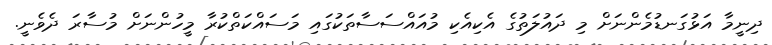
ދިނީމާ އަޅުގަނޑުމެންނަށް މި ދައުލަތުގެ އެކިއެކި މުއައްސަސާތަކުގައި މަސައްކަތްކުރާ މީހުންނަށް މުސާރަ ދެވެނީ.